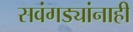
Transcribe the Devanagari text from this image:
सवंगड्यांनाही